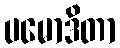
ပမောဒိတာ